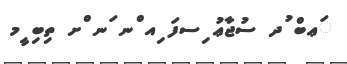
ަޢބް ުދ ސުޖާޢު ިސފަ ިއ ްނ ަނ ްށ ތިބި ީމ